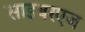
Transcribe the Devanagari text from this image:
साइबरएज